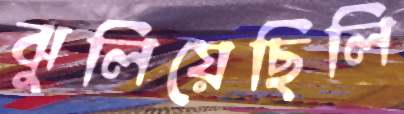
ঝুলিয়েছিলি